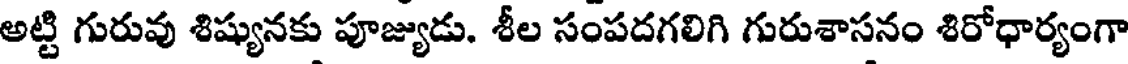
అట్టి గురువు శిష్యునకు పూజ్యుడు. శీల సంపదగలిగి గురుశాసనం శిరోధార్యంగా